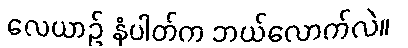
လေယာဉ် နံပါတ်က ဘယ်လောက်လဲ။